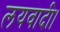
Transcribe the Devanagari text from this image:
लयवादी।